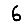
Digit: 6